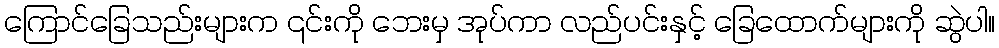
ကြောင်ခြေသည်းများက ၎င်းကို ဘေးမှ အုပ်ကာ လည်ပင်းနှင့် ခြေထောက်များကို ဆွဲပါ။